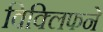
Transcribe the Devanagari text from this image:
विक्लिफने